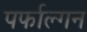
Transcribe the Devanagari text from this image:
पर्फाल्गन